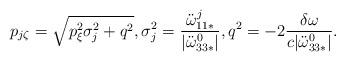
LaTeX: \begin{align*}p_{j\zeta} = \sqrt{p_{\xi}^2\sigma^2_j + q^2}, \sigma^2_j =\frac{\ddot{\omega}_{11*}^j}{|\ddot{\omega}^0_{33*}|}, q^2 = -2 \frac{\delta\omega}{c|\ddot{\omega}^0_{33*}|}.\end{align*}